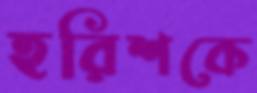
হরিশকে